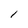
Character: 1